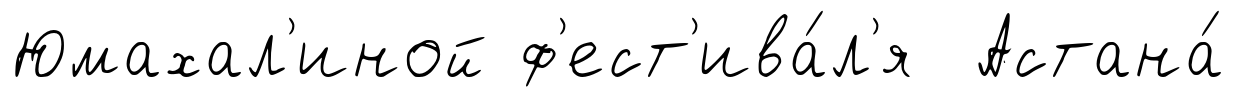
Юмахал'иной ф'ест'ива́л'я Астана́